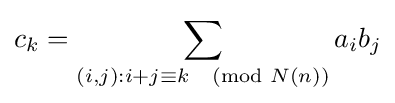
c_{k}=\sum _{(i,j):i+j\equiv k{\pmod {N(n)}}}a_{i}b_{j}